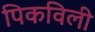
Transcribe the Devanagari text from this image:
पिकविली